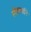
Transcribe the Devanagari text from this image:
सीतामाईने